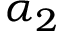
\alpha _ { 2 }